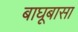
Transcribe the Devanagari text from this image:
बाघूबासा